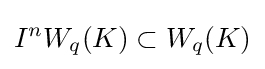
I^{n}W_{q}(K)\subset W_{q}(K)